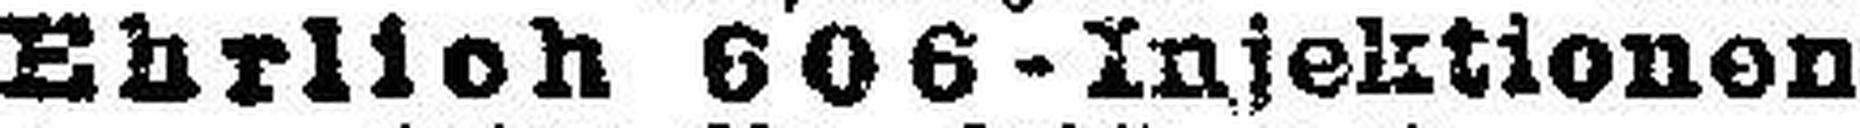
Ehrlich 606 - Infektionen